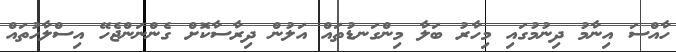
ހާއްސަ އިނާމު ދިނުމުގައި މިހާރު ބަލާ މިންގަނޑުތައް އަލުން ދިރާސާކޮށް ގެންނަންޖެހޭ އިސްލާހުތައް